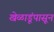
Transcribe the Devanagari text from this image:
खेळाडूंपासून